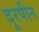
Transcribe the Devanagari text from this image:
दूरपीन